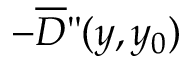
- \overline { { \cal D } } " ( y , y _ { 0 } )